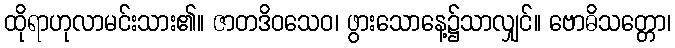
ထိုရာဟုလာမင်းသား၏။ ဇာတဒိဝသေဝ၊ ဖွားသောနေ့၌သာလျှင်။ ဗောဓိသတ္တော၊